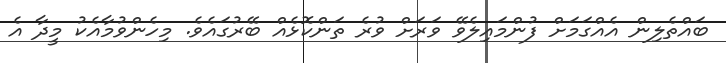
ބައްތެލިން އެއްގަމަށް ފުންމައިލެވޭ ވަރަށް ވުރެ ތަންކޮޅެއް ބޭރުގައެވެ. މިހެންވުމާއެކު މީދާ އެ